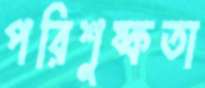
পরিশুষ্কতা